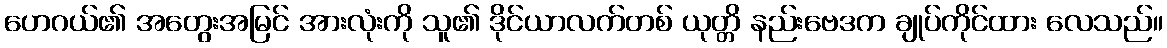
ဟေဂယ်၏ အတွေးအမြင် အားလုံးကို သူ၏ ဒိုင်ယာလက်တစ် ယုတ္တိ နည်းဗေဒက ချုပ်ကိုင်ထား လေသည်။